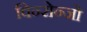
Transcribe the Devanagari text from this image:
विन्सेन्जो